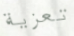
تعزية